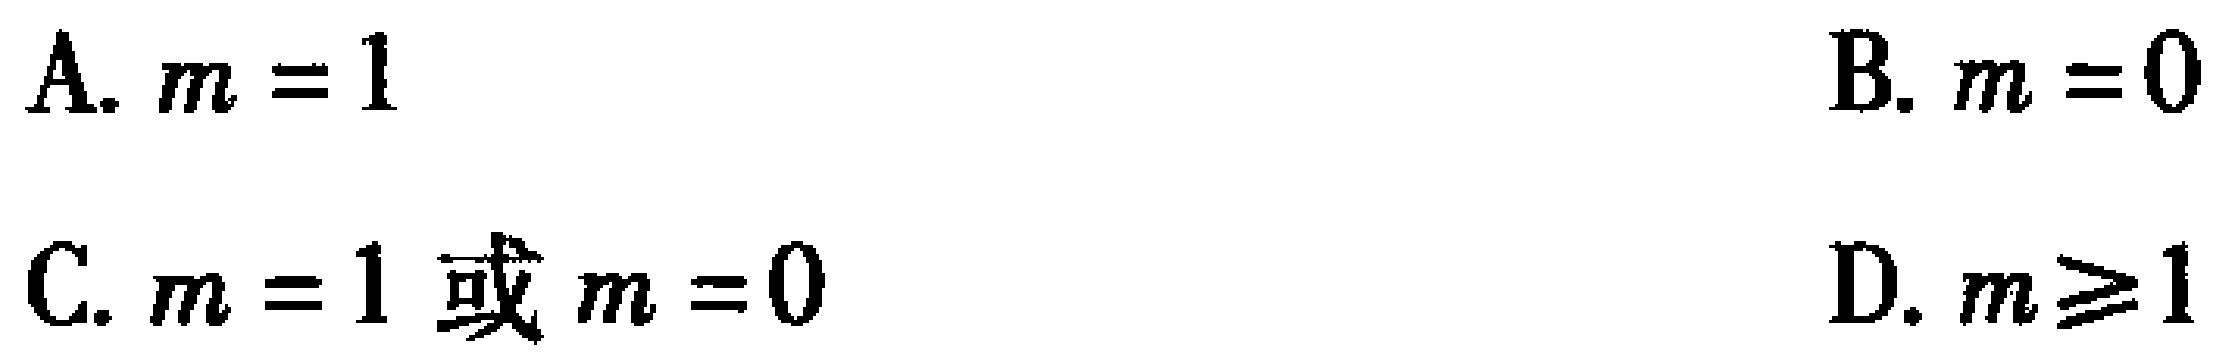
A. \(m = 1\)  B. \(m = 0\)  C. \(m = 1\) 或 \(m = 0\)  D. \(m\geq1\)